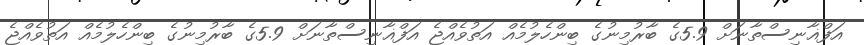
އަފްޣާނިސްތާނަށް 5.9ގެ ބާރުމިނުގެ ބިންހެލުމެއް އަތުވެއްޖެ އަފްޣާނިސްތާނަށް 5.9ގެ ބާރުމިނުގެ ބިންހެލުމެއް އަތުވެއްޖެ